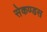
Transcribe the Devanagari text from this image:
सेकण्डस